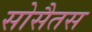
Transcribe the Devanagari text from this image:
सोसैतस